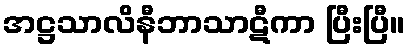
အဋ္ဌသာလိနီဘာသာဋီကာ ပြီးပြီ။